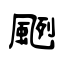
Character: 颲